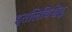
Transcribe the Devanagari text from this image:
इतलिचिसेद्